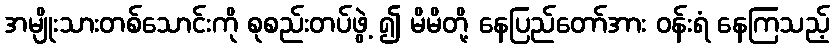
အမျိုးသားတစ်သောင်းကို စုစည်းတပ်ဖွဲ့ ၍ မိမိတို့ နေပြည်တော်အား ဝန်းရံ နေကြသည့်